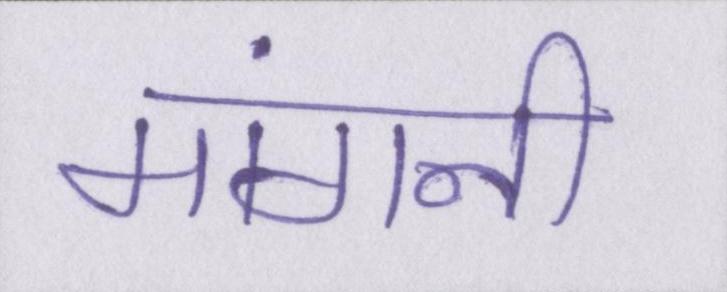
मांगनी